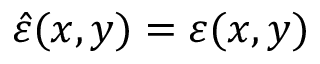
\hat { \varepsilon } ( x , y ) = \varepsilon ( x , y )